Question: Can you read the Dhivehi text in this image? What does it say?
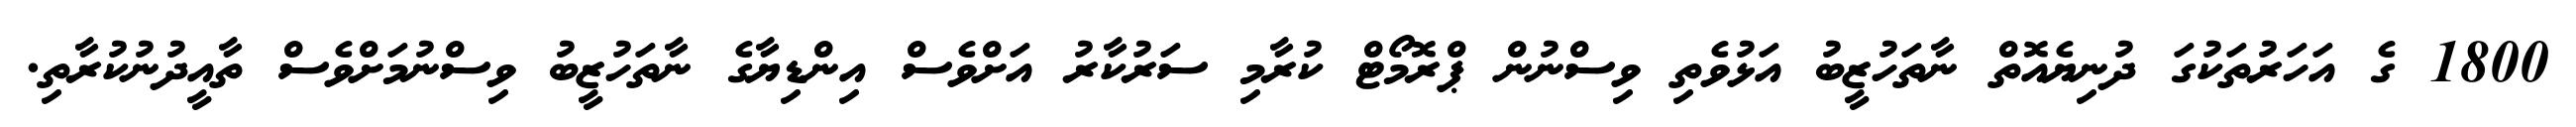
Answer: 1800 ގެ އަހަރުތަކުގަ ދުނިޔެއޮތް ނާތަހުޒީބު އަޅުވެތި ވިސްނުން ޕްރޮމޯޓް ކުރާމި ސަރުކާރު އަށްވެސް އިންޑިޔާގެ ނާތަހުޒީބު ވިސްނުމަށްވެސް ތާއީދުނުކުރާތި.